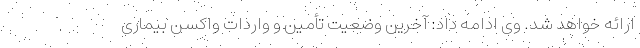
ارائه خواهد شد. وی ادامه داد: آخرین وضعیت تأمین و واردات واکسن بیماری